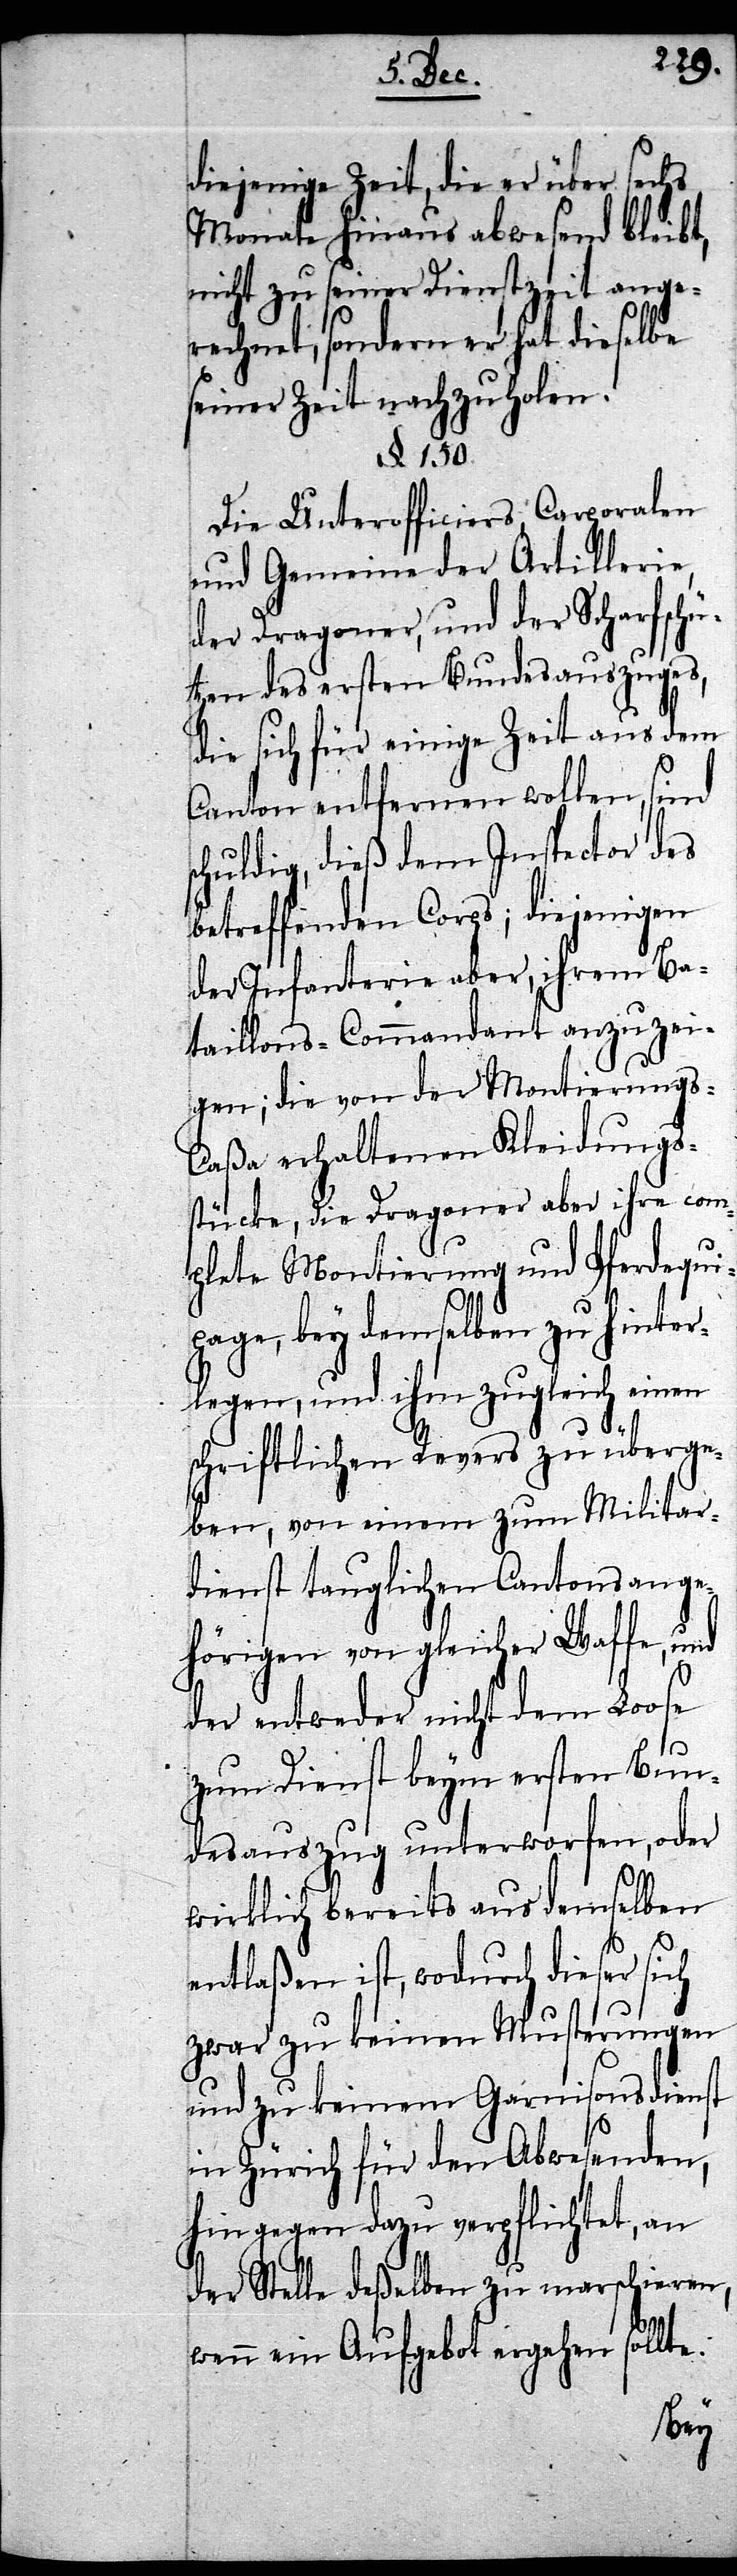
s¬
diejenige Zeit, die er über sechs
Monate hinaus abwesend bleibt,
nicht zu seiner Dienstzeit ange¬
rechnet, sondern er hat dieselbe
seiner Zeit nachzuholen.
§. 150.
Die Unterofficiers, Carporalen
und Gemeine der Artillerie,
der Dragoner, und der Scharfschü¬
tzen des ersten Bundesauszuges,
die sich für einige Zeit aus dem
Canton entfernen wollen, sind
chuldig, dieß dem Inspector des
betreffenden Corps; diejenigen
der Infanterie aber, ihrem Ba¬
taillons-Commandant anzuzei¬
gen; die von der Montierungs-C¬
aßa erhaltenen Kleidungs¬
stücke, die Dragoner aber ihre com¬
plete Montierung und Pferdequi¬
page, bey demselben zu hinter¬
legen, und ihm zugleich einen
schriftlichen Revers zu überge¬
ben, von einem zum Militar¬
dienst tauglichen Cantonsange¬
hörigen von gleicher Waffe, und
der entweder nicht dem Loose
zum Dienst beym ersten Bun¬
desauszug unterworfen, oder
wirklich bereits aus demselben
entlaßen ist, wodurch dieser sich
zwar keinen Musterungen
und zu keinem Garnisonsdienst
in Zürich für den Abwesenden,
hingegen dazu verpflichtet, an
der Stelle deßelben zu marschieren,
wenn ein Aufgebot ergehen sollte.